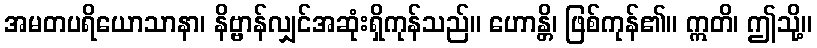
အမတပရိယောသာနာ၊ နိဗ္ဗာန်လျှင်အဆုံးရှိကုန်သည်။ ဟောန္တိ၊ ဖြစ်ကုန်၏။ ဣတိ၊ ဤသို့။